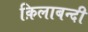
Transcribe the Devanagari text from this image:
क़िलाबन्दी